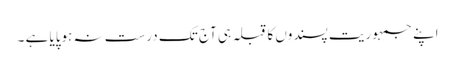
اپنے جمہوریت پسندوں کا قبلہ ہی آج تک درست نہ ہوپایا ہے ۔